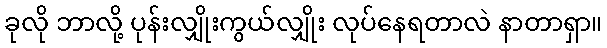
ခုလို ဘာလို့ ပုန်းလျှိုးကွယ်လျှိုး လုပ်နေရတာလဲ နာတာရှာ။